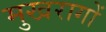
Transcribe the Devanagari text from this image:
मुखरागों